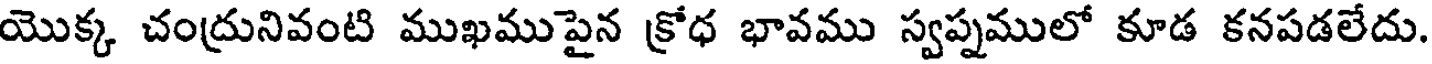
యొక్క చంద్రునివంటి ముఖముపైన క్రోధ భావము స్వప్నములో కూడ కనపడలేదు.